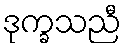
ဒုက္ခသညီ